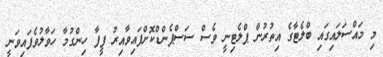
މި މައްސަލައިގައި ބްލެޓާގެ އިތުރުން ޕްލެޓިނީ ވެސް ސަސްޕެންޑްކޮށްފައިވާއިރު ފީފާ ހިންގުމާ ހަވާލުވެފައިވަނީ